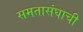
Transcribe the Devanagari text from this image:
समतासंघाची